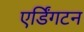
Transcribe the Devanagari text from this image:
एर्डिंगटन